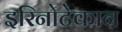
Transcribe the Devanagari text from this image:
इरिनोटेकान